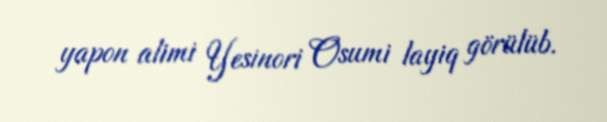
yapon alimi Yesinori Osumi layiq görülüb.